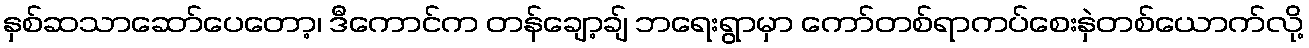
နှစ်ဆသာဆော်ပေတော့၊ ဒီကောင်က တန်ချော့ချ် ဘရေးရွာမှာ ကော်တစ်ရာကပ်စေးနှဲတစ်ယောက်လို့